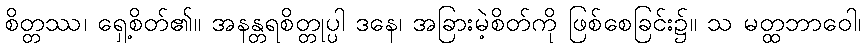
စိတ္တဿ၊ ရှေ့စိတ်၏။ အနန္တရစိတ္တုပ္ပါ ဒနေ၊ အခြားမဲ့စိတ်ကို ဖြစ်စေခြင်း၌။ သ မတ္ထဘာဝေါ၊